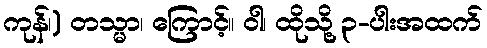
ကုန်၊) တသ္မာ၊ ကြောင့်။ ဝါ၊ ထိုသို့ ၃-ပါးအထက်